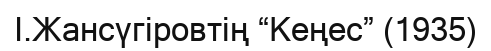
І.Жансүгіровтің “Кеңес” (1935)